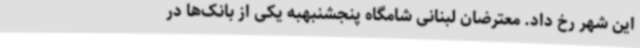
این شهر رخ داد. معترضان لبنانی شامگاه پنجشنبهبه یکی از بانک‌ها در